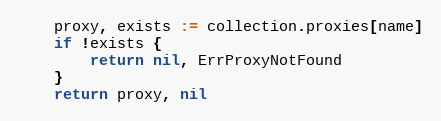
Language: Go
	proxy, exists := collection.proxies[name]
	if !exists {
		return nil, ErrProxyNotFound
	}
	return proxy, nil